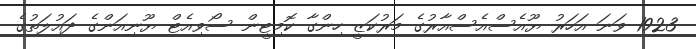
1923 ވަނަ އަހަރު ޔޫއެސްއެސްއާރުގެ މަރުކަޒީ ހިންގާ ކޮމިޓީން ސޯވިއެޓް ޔޫނިއަންގެ ދައުލަތުގެ